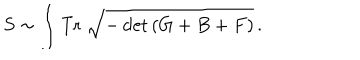
S \sim \int \mathrm { T r } \; \sqrt { - \det \left( G + B + F \right) } \, .